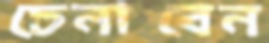
চেনাবেন